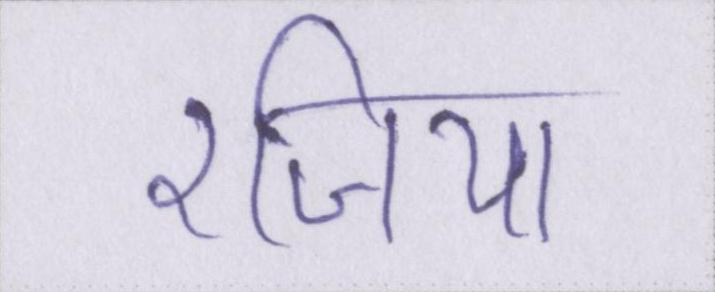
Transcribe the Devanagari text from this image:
रजिया